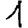
Digit: 1